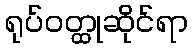
ရုပ်ဝတ္ထုဆိုင်ရာ